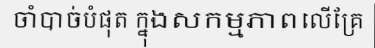
ចាំបាច់បំផុត ក្នុងសកម្មភាពលើគ្រែ